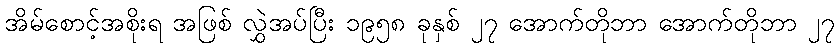
အိမ်စောင့်အစိုးရ အဖြစ် လွှဲအပ်ပြီး ၁၉၅၈ ခုနှစ် ၂၇ အောက်တိုဘာ အောက်တိုဘာ ၂၇